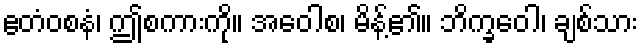
ဧတံဝစနံ၊ ဤစကားကို။ အဝေါစ၊ မိန့်၏။ ဘိက္ခဝေါ၊ ချစ်သား